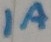
Text: 1A